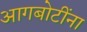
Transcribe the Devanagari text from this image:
आगबोटींना